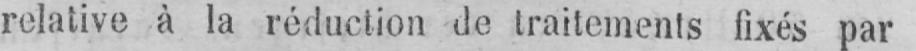
relative à la réduction de traitements fixés par